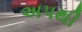
અપથી